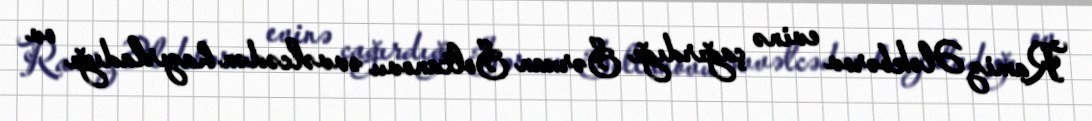
Ramiz Ələkbərov evinə çağırdığı Sərxan Soltanovu əvvəlcədən hazırladığı ov